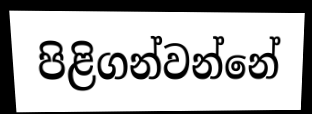
පිළිගන්වන්නේ